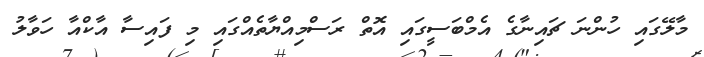
މާލޭގައި ހުންނަ ޗައިނާގެ އެމްބަސީގައި އޮތް ރަސްމިއްޔާތެއްގައި މި ފައިސާ އާކްއާ ހަވާލު